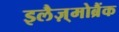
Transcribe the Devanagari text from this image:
इलैज़्मोब्रैंक